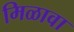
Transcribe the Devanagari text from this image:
मिळावा